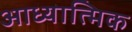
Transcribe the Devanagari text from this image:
आध्‍यात्मिक